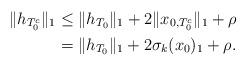
LaTeX: \begin{align*} \|h_{T_0^c}\|_1&\leq\|h_{T_0}\|_1+2\|x_{0,T_0^c}\|_1+\rho\\ &=\|h_{T_0}\|_1+2\sigma_k(x_0)_1+\rho. \end{align*}